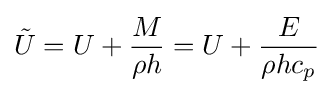
{\tilde {U}}=U+{\frac {M}{\rho h}}=U+{\frac {E}{\rho hc_{p}}}